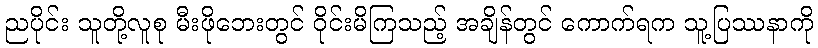
ညပိုင်း သူတို့လူစု မီးဖိုဘေးတွင် ဝိုင်းမိကြသည့် အချိန်တွင် ကောက်ရက သူ့ပြဿနာကို